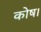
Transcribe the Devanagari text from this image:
कोष।